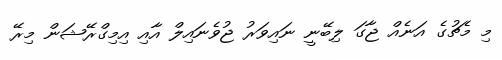
މި މެޗުގެ އަނެއް ޖާގަ ލިބޭނީ ނައިވަރު ޖުވެނައިލް އާއި އިމިގްރޭޝަން މިރޭ